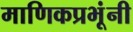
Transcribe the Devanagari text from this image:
माणिकप्रभूंनी